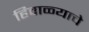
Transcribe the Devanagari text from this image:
हिवाळ्याचे